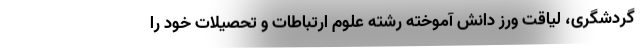
گردشگری، لیاقت ورز دانش آموخته رشته علوم ارتباطات و تحصیلات خود را